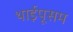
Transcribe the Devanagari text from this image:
थाईपूसम